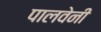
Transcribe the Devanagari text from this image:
पालवेनी